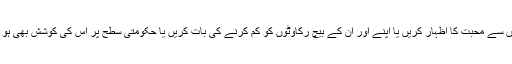
اگر پنجاب کے لوگ سرحد پار پنجابیوں سے محبت کا اظہار کریں یا اپنے اور ان کے بیچ رکاوٹوں کو کم کرنے کی بات کریں یا حکومتی سطح پر اس کی کوشش بھی ہو تو کیا اس سے پاکستان ٹوٹ جاتا ہے؟